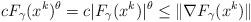
LaTeX: \begin{align*} cF_\gamma(x^k)^{\theta} = c|F_\gamma(x^k)|^{\theta} \le \|\nabla F_\gamma(x^k)\|\end{align*}